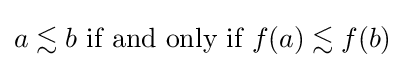
a{}\lesssim {}b{\text{ if and only if }}f(a){}\lesssim {}f(b)